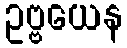
ဥဗ္ဗယေန